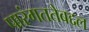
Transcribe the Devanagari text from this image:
पारंगततेबद्दल